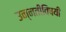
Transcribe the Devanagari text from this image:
उन्नतीविषयी